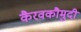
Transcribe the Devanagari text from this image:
कैरवकौमुदी